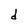
Character: d